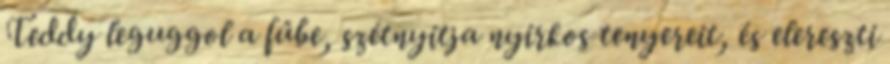
Teddy leguggol a fűbe, szétnyitja nyirkos tenyereit, és elereszti